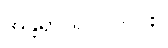
အန္တရာယ် ၁၀-ပါး။